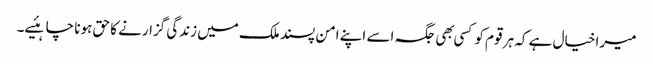
میرا خیال ہے کہ ہر قوم کو کسی بهی جگہ اسے اپنے امن پسند ملک میں زندگی گزارنے کا حق ہونا چاہئیے۔